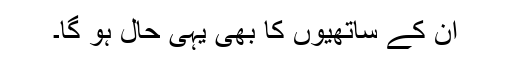
ان کے ساتھیوں کا بھی یہی حال ہو گا۔